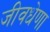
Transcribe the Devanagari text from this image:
जीवधेणा